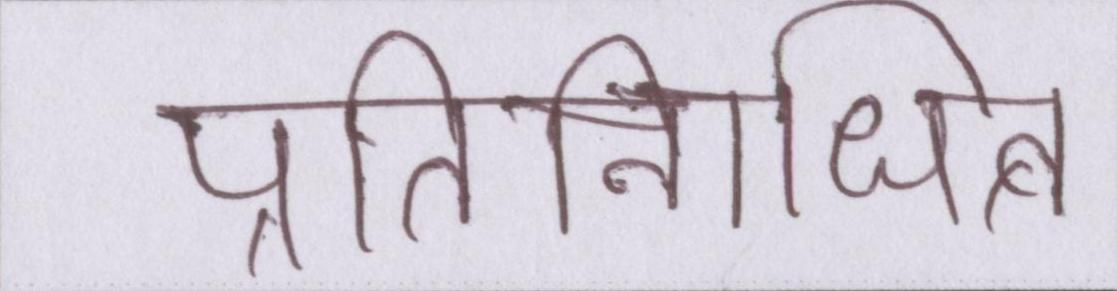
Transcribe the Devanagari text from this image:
प्रतिनिधित्व